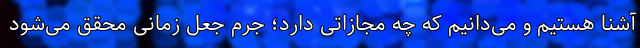
آشنا هستیم و می‌دانیم که چه مجازاتی دارد؛ جرم جعل زمانی محقق می‌شود